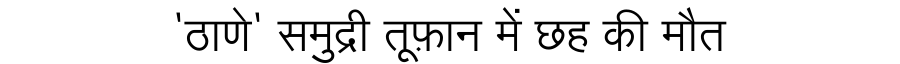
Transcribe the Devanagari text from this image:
'ठाणे' समुद्री तूफ़ान में छह की मौत